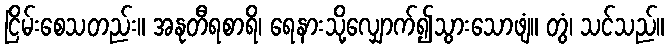
ငြိမ်းစေသတည်း။ အနုတီရစာရိ၊ ရေနားသို့လျှောက်၍သွားသောဖျံ။ တွံ၊ သင်သည်။